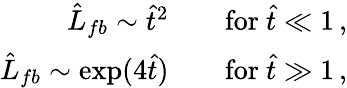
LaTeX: \begin{array}{rl}{\hat{L}_{fb}\sim\hat{t}^{2}}&{{}\quad\mathrm{for}\ \hat{t}\ll 1\, ,}\\ {\hat{L}_{fb}\sim\exp(4\hat{t})}&{{}\quad\mathrm{for}\ \hat{t}\gg 1\, ,}\end{array}